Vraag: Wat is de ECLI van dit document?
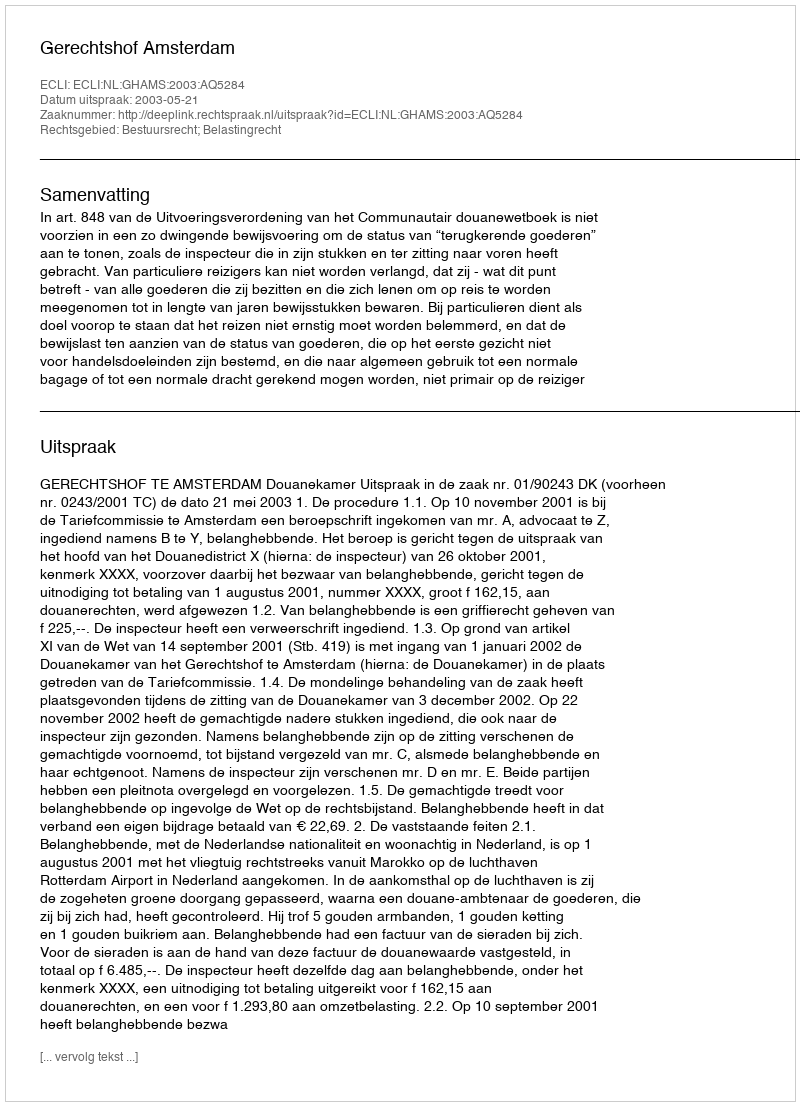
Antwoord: ECLI:NL:GHAMS:2003:AQ5284